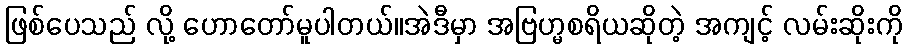
ဖြစ်ပေသည် လို့ ဟောတော်မူပါတယ်။အဲဒီမှာ အဗြဟ္မစရိယဆိုတဲ့ အကျင့် လမ်းဆိုးကို